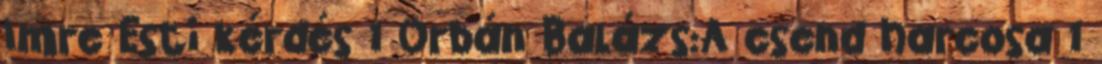
Imre Esti kérdés 1 Orbán Balázs:A csend harcosa 1